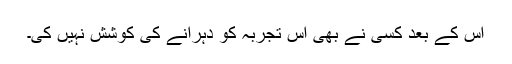
اس کے بعد کسی نے بھی اس تجربہ کو دہرانے کی کوشش نہیں کی۔